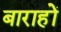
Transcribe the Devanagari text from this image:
बाराहों